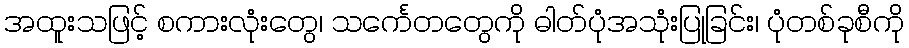
အထူးသဖြင့် စကားလုံးတွေ၊ သင်္ကေတတွေကို ဓါတ်ပုံအသုံးပြုခြင်း၊ ပုံတစ်ခုစီကို